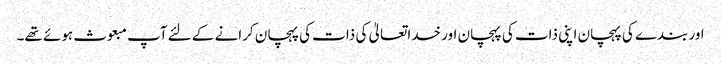
اور بندے کی پہچان اپنی ذات کی پہچان اور خداتعالیٰ کی ذات کی پہچان کرانے کے لئے آپ مبعوث ہوئے تھے۔